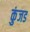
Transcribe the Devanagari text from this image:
कुंजड